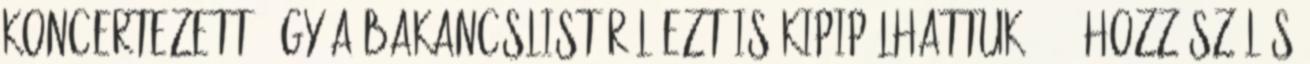
koncertezett, így a bakancslistáról ezt is kipipálhattuk. 811 hozzászólás